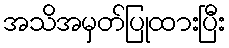
အသိအမှတ်ပြုထားပြီး